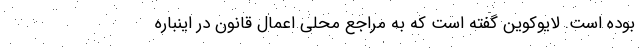
بوده است. لایوکوین گفته است که به مراجع محلی اعمال قانون در اینباره